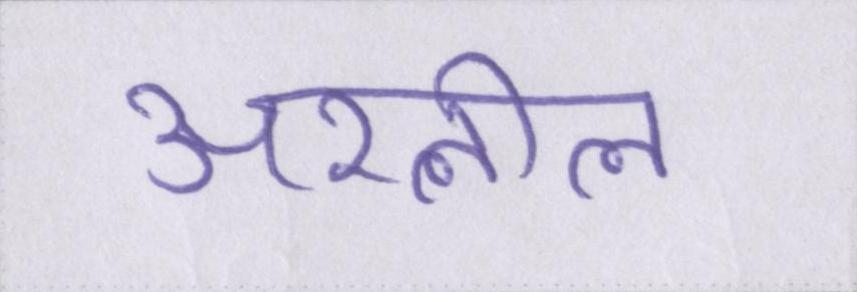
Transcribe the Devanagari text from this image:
अश्लील